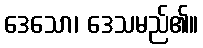
ဒေသော၊ ဒေသမည်၏။